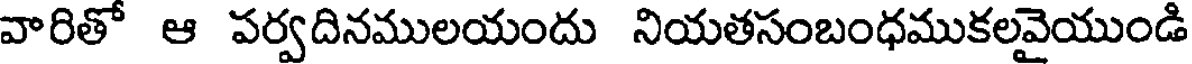
వారితో ఆ పర్వదినములయందు నియతసంబంధముకలవైయుండి